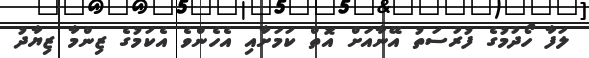
ލަފާ ހޯދުމުގެ ފުރުސަތު އޭނާއަށް އޮތް ކަމަށާއި އެހެންވެ އެކަމުގެ ޒިންމާ ޒިޔާދު